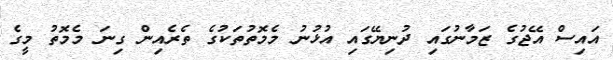
އައިސް އޭޖުގެ ޒަމާނުގައި ދުނިޔޭގައި އުޅުނު މެމޮތުތަކުގެ ތެރެއިން ގިނަ މެމޮތު މީގެ